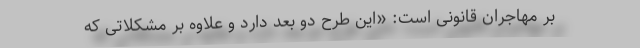
بر مهاجران قانونی است: «این طرح دو بعد دارد و علاوه‌ بر مشکلاتی که